Leaving Certificate Examination (including Day School Certificate (Higher) General paper), 1936
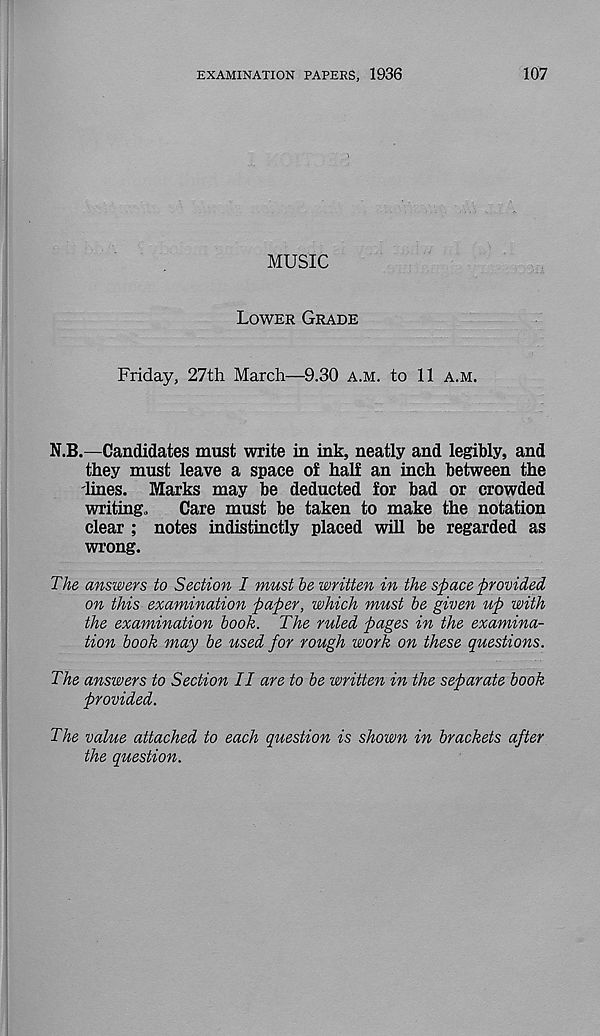
EXAMINATION PAPERS, 1936
107
MUSIC
Lower Grade
Friday, 27th March—9.30 a.m. to 11 a.m.
N.B.—Candidates must write in ink, neatly and legibly, and
they must leave a space of half an inch between the
lines. Marks may be deducted for bad or crowded
writing.
Care must be taken to make the notation
clear ; notes indistinctly placed will be regarded as
wrong.
The answers to Section I must he written in the space provided
on this examination paper, which must he given up with
the examination hook. The ruled pages in the examina-
tion book may he used for rough work on these questions.
The answers to Section II are to he written in the separate hook
provided.
The value attached to each question is shown in brackets after
the question.